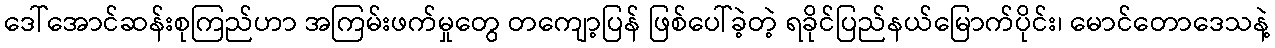
ဒေါ်အောင်ဆန်းစုကြည်ဟာ အကြမ်းဖက်မှုတွေ တကျော့ပြန် ဖြစ်ပေါ်ခဲ့တဲ့ ရခိုင်ပြည်နယ်မြောက်ပိုင်း၊ မောင်တောဒေသနဲ့